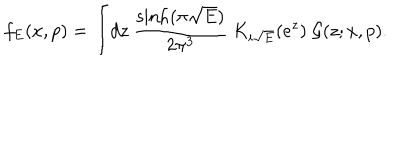
LaTeX: f _ { E } ( x , p ) = \int \! d z ~ \frac { \sinh ( \pi \sqrt { E } ) } { 2 \pi ^ { 3 } } ~ K _ { i \sqrt { E } } ( e ^ { z } ) ~ \mathcal { G } ( z ; x , p ) .